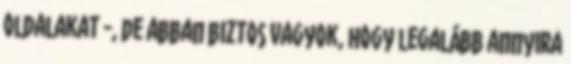
oldalakat -, de abban biztos vagyok, hogy legalább annyira